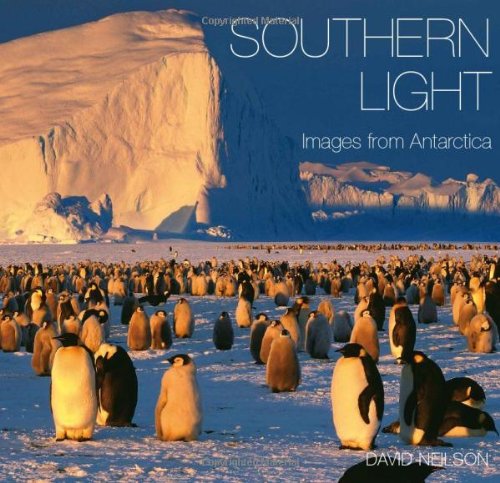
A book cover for Southern Light: Images from Antarctica; Travel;